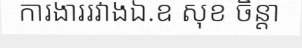
ការងាររវាងឯ.ឧ សុខ ចិន្តា